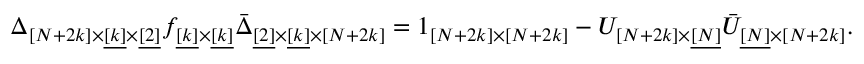
\Delta _ { [ N + 2 k ] \times \underline { { { [ k ] } } } \times \underline { { { [ 2 ] } } } } f _ { \underline { { { [ k ] } } } \times \underline { { { [ k ] } } } } \bar { \Delta } _ { \underline { { { [ 2 ] } } } \times \underline { { { [ k ] } } } \times [ N + 2 k ] } = 1 _ { [ N + 2 k ] \times [ N + 2 k ] } - U _ { [ N + 2 k ] \times \underline { { { [ N ] } } } } \bar { U } _ { \underline { { { [ N ] } } } \times [ N + 2 k ] } .